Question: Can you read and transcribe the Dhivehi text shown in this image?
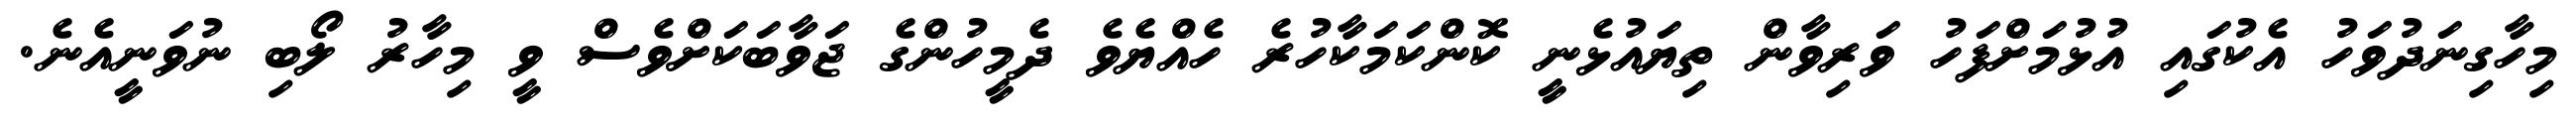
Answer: މިހާގިނަދުވަހު އެކުގައި އުޅުމަށްފަހު ވަރިވާން ތިޔައުޅެނީ ކޮންކަމަކާހުރެ ހެއްޔެވެ ދެމީހުންގެ ޖަވާބަކަށްވެސް ވީ މިހާރު ލޯބި ނުވަނީއެނެ.